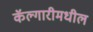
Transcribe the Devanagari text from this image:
कॅल्गारीमधील